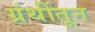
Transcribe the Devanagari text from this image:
ग्रंथींतून